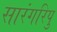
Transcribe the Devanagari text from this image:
सारंगरिपु